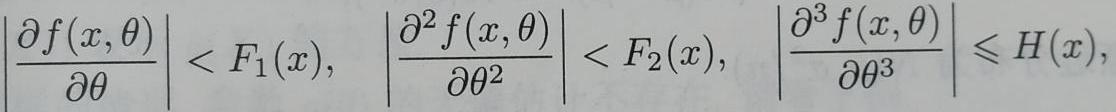
$\left|\frac{\partial f(x, \theta)}{\partial \theta}\right|<F_{1}(x), \quad\left|\frac{\partial^{2} f(x, \theta)}{\partial \theta^{2}}\right|<F_{2}(x), \quad\left|\frac{\partial^{3} f(x, \theta)}{\partial \theta^{3}}\right| \leqslant H(x),$